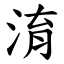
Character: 淯